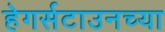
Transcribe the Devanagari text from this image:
हेगर्सटाउनच्या